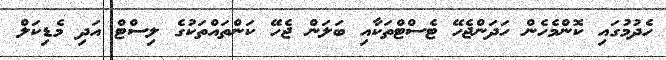
ހެދުމުގައި ކޮންމެހެން ހަދަންޖެހޭ ޓެސްޓްތަކާއި ބަލަން ޖެހޭ ކަންތައްތަކުގެ ލިސްޓް އަދި މެޑިކަލް